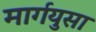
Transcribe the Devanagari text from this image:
मार्गयुसा